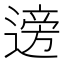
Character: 𫐼